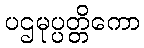
ပဌမုပ္ပတ္တိကော